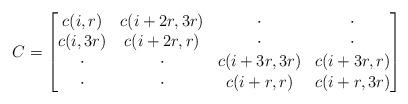
LaTeX: \begin{align*}C=\begin{bmatrix}c(i,r)&c(i+2r,3r)&\cdot&\cdot\\c(i,3r)&c(i+2r,r)&\cdot&\cdot\\\cdot&\cdot&c(i+3r,3r)&c(i+3r,r)\\\cdot&\cdot&c(i+r,r)&c(i+r,3r)\end{bmatrix}\end{align*}